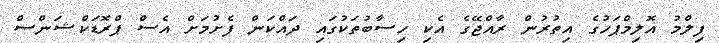
ފިލްމު އޮލިމްޕަހުގެ އިތުރުން ރާއްޖޭގެ އެކި ހިސާބުތަކުގައި ދައްކަން ފެށުމަށް އެސް ޕްރޮޑަކްޝަންސް